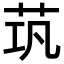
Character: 茿